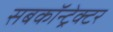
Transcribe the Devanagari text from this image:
सबकॉन्ट्रेक्टर